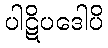
ပါဋိပဒေါပိ